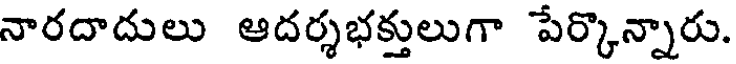
నారదాదులు ఆదర్శభక్తులుగా పేర్కొన్నారు.